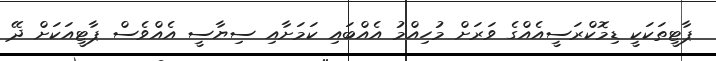
ޕާޓީތަކަކީ ޑިމޮކްރަސީއެއްގެ ވަރަށް މުހިއްމު އެއްބައި ކަމަށާއި ސިޔާސީ އެއްވެސް ޕާޓީއަކަށް ދޭ